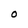
Character: O